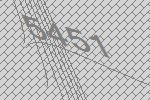
5451